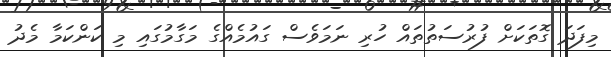
މިފަދަ ގޮތަކަށް ފުރުސަތުތައް ހުރި ނަމަވެސް ގައުމެއްގެ މަގާމުގައި މި ކަންކަމާ މެދު